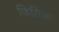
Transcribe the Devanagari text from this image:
फिसिआ